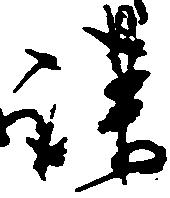
謀